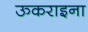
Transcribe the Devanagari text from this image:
ऊकराइना